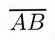
\overline{AB}